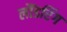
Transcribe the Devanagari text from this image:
लौंडरिंग